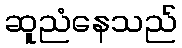
ဆူညံနေသည်